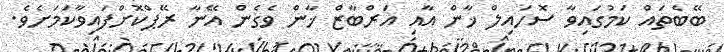
ބޭބެތައް ކަމުގައިވާ ސޮހައިލް ޚާން އާއި އަރްބާޒް ޚާން ވެގެން އޭނާ ރޭޕްކޮށްފައިވާކަމަށެވެ.